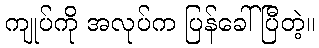
ကျုပ်ကို အလုပ်က ပြန်ခေါ်ပြီတဲ့။